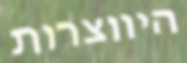
היווצרות